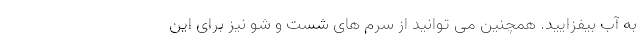
به آب بیفزایید. همچنین می توانید از سرم های شست و شو نیز برای این